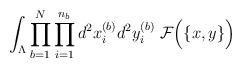
LaTeX: \begin{align*}\int_{\Lambda} \prod_{b=1}^N \prod_{i=1}^{n_b}d^2x_{i}^{(b)} d^2y_{i}^{(b)} \;{\cal F}\Big( \{ x, y \} \Big)\end{align*}